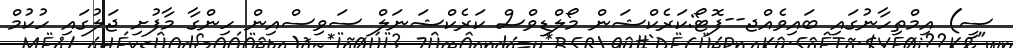
ސީ) އިމްތިހާނުގައި ބައިވެއްޖ--ފޮޓޯ:ކަރެކްޝަން މޯލްޑިވްސް ކަރެކްޝަނަލް ސަވިސްއިން ހިންގާ މާފުށި ޖަލުގައި ހުކުމް